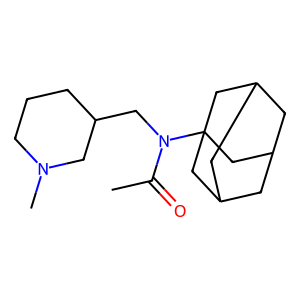
SMILES: CC(=O)N(CC1CCCN(C)C1)C12CC3CC(CC(C3)C1)C2
Inhibits HIV replication: No